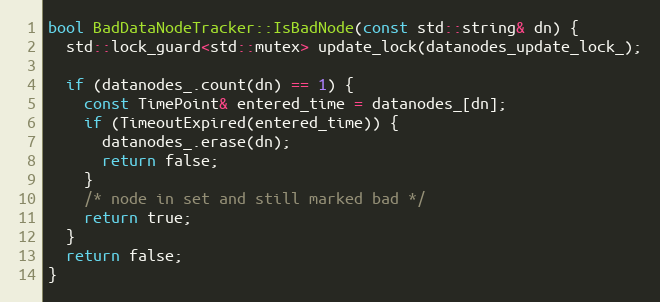
Language: C++
bool BadDataNodeTracker::IsBadNode(const std::string& dn) {
  std::lock_guard<std::mutex> update_lock(datanodes_update_lock_);

  if (datanodes_.count(dn) == 1) {
    const TimePoint& entered_time = datanodes_[dn];
    if (TimeoutExpired(entered_time)) {
      datanodes_.erase(dn);
      return false;
    }
    /* node in set and still marked bad */
    return true;
  }
  return false;
}